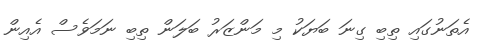
އެތަނުގައި ތިބި ގިނަ ބަޔަކު މި މަންޒަރު ބަލަން ތިބި ނަމަވެސް އެއިން